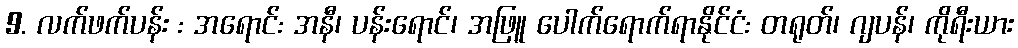
9. လက်ဖက်ပန်း : အရောင်: အနီ၊ ပန်းရောင်၊ အဖြူ ပေါက်ရောက်ရာနိုင်ငံ: တရုတ်၊ ဂျပန်၊ ကိုရီးယား